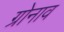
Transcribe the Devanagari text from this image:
ग्रोनाव